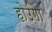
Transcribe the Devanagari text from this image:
होउंगा